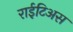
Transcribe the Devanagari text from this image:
राईटिअस